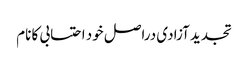
تجدید آزادی دراصل خود احتسابی کا نام